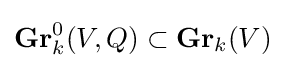
\mathbf {Gr} _{k}^{0}(V,Q)\subset \mathbf {Gr} _{k}(V)